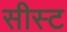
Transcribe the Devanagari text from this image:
सीस्ट